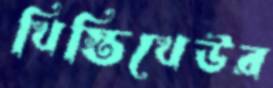
খিস্তিখেউর